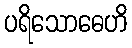
ပရိသောဓေဟိ